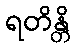
ရတိန္တိ